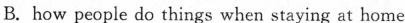
B. how people do things when staying at home